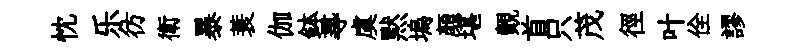
忱乐彷衛暴蓑伽鉢𡬶虞黙塢顔堪覿首只茂徑叶佺謬